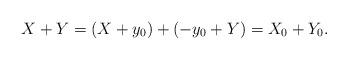
LaTeX: \begin{align*}X + Y = (X + y_0) + ({-y_0} + Y) = X_0 + Y_0.\end{align*}